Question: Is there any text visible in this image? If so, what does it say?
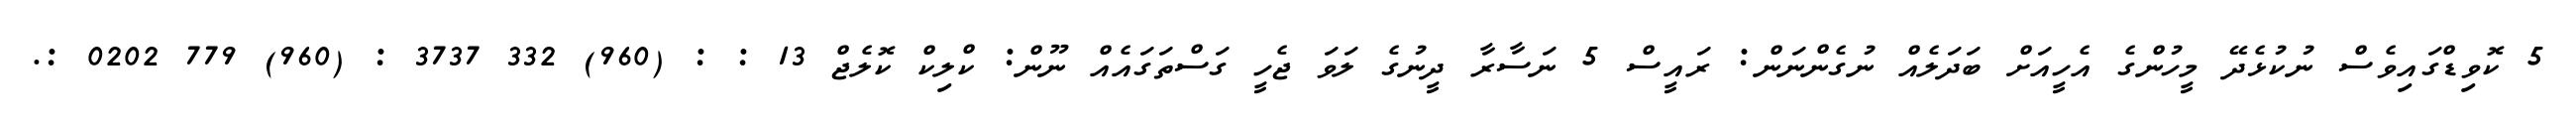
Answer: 5 ކޮވިޑްގައިވެސް ނުކުޅެދޭ މީހުންގެ އެހީއަށް ބަދަލެއް ނުގެންނަން: ރައީސް 5 ނަސާރާ ދީނުގެ ލަވަ ޖެހީ ގަސްތަގައެއް ނޫން: ކްލިކް ކޮލެޖް 13 : : (960) 332 3737 : (960) 779 0202 :.